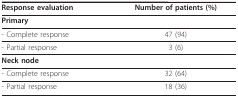
<table><thead><tr><td><b>Response evaluation</b></td><td><b>Number of patients (%)</b></td></tr></thead><tbody><tr><td><b>Primary</b></td><td></td></tr><tr><td>- Complete response</td><td>47 (94)</td></tr><tr><td>- Partial response</td><td>3 (6)</td></tr><tr><td><b>Neck node</b></td><td></td></tr><tr><td>- Complete response</td><td>32 (64)</td></tr><tr><td>- Partial response</td><td>18 (36)</td></tr></tbody></table>